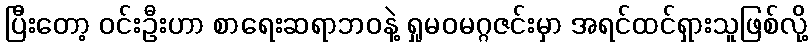
ပြီးတော့ ဝင်းဦးဟာ စာရေးဆရာဘဝနဲ့ ရှုမဝမဂ္ဂဇင်းမှာ အရင်ထင်ရှားသူဖြစ်လို့